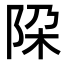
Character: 𨹃